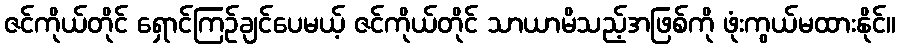
ဇင်ကိုယ်တိုင် ရှောင်ကြဉ်ချင်ပေမယ့် ဇင်ကိုယ်တိုင် သာယာမိသည့်အဖြစ်ကို ဖုံးကွယ်မထားနိုင်။